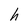
Character: h